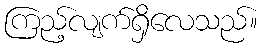
ကြည့်လျက်ရှိလေသည်။